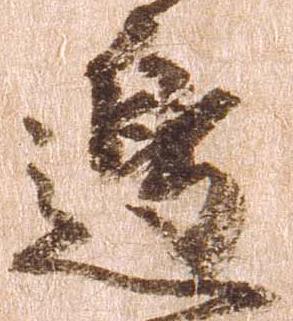
辺